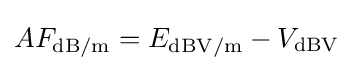
AF_{\mathrm {dB/m} }=E_{\mathrm {\mathrm {dBV/m} } }-V_{\mathrm {dBV} }